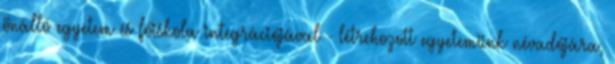
önálló egyetem és főiskola integrációjával - létrehozott egyetemünk névadójára,